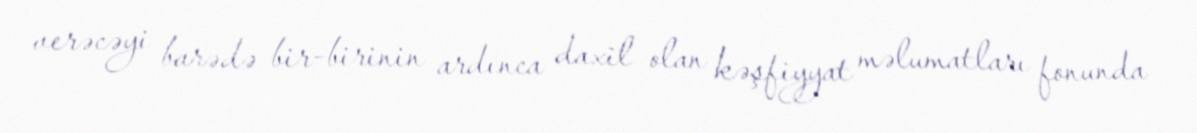
verəcəyi barədə bir-birinin ardınca daxil olan kəşfiyyat məlumatları fonunda